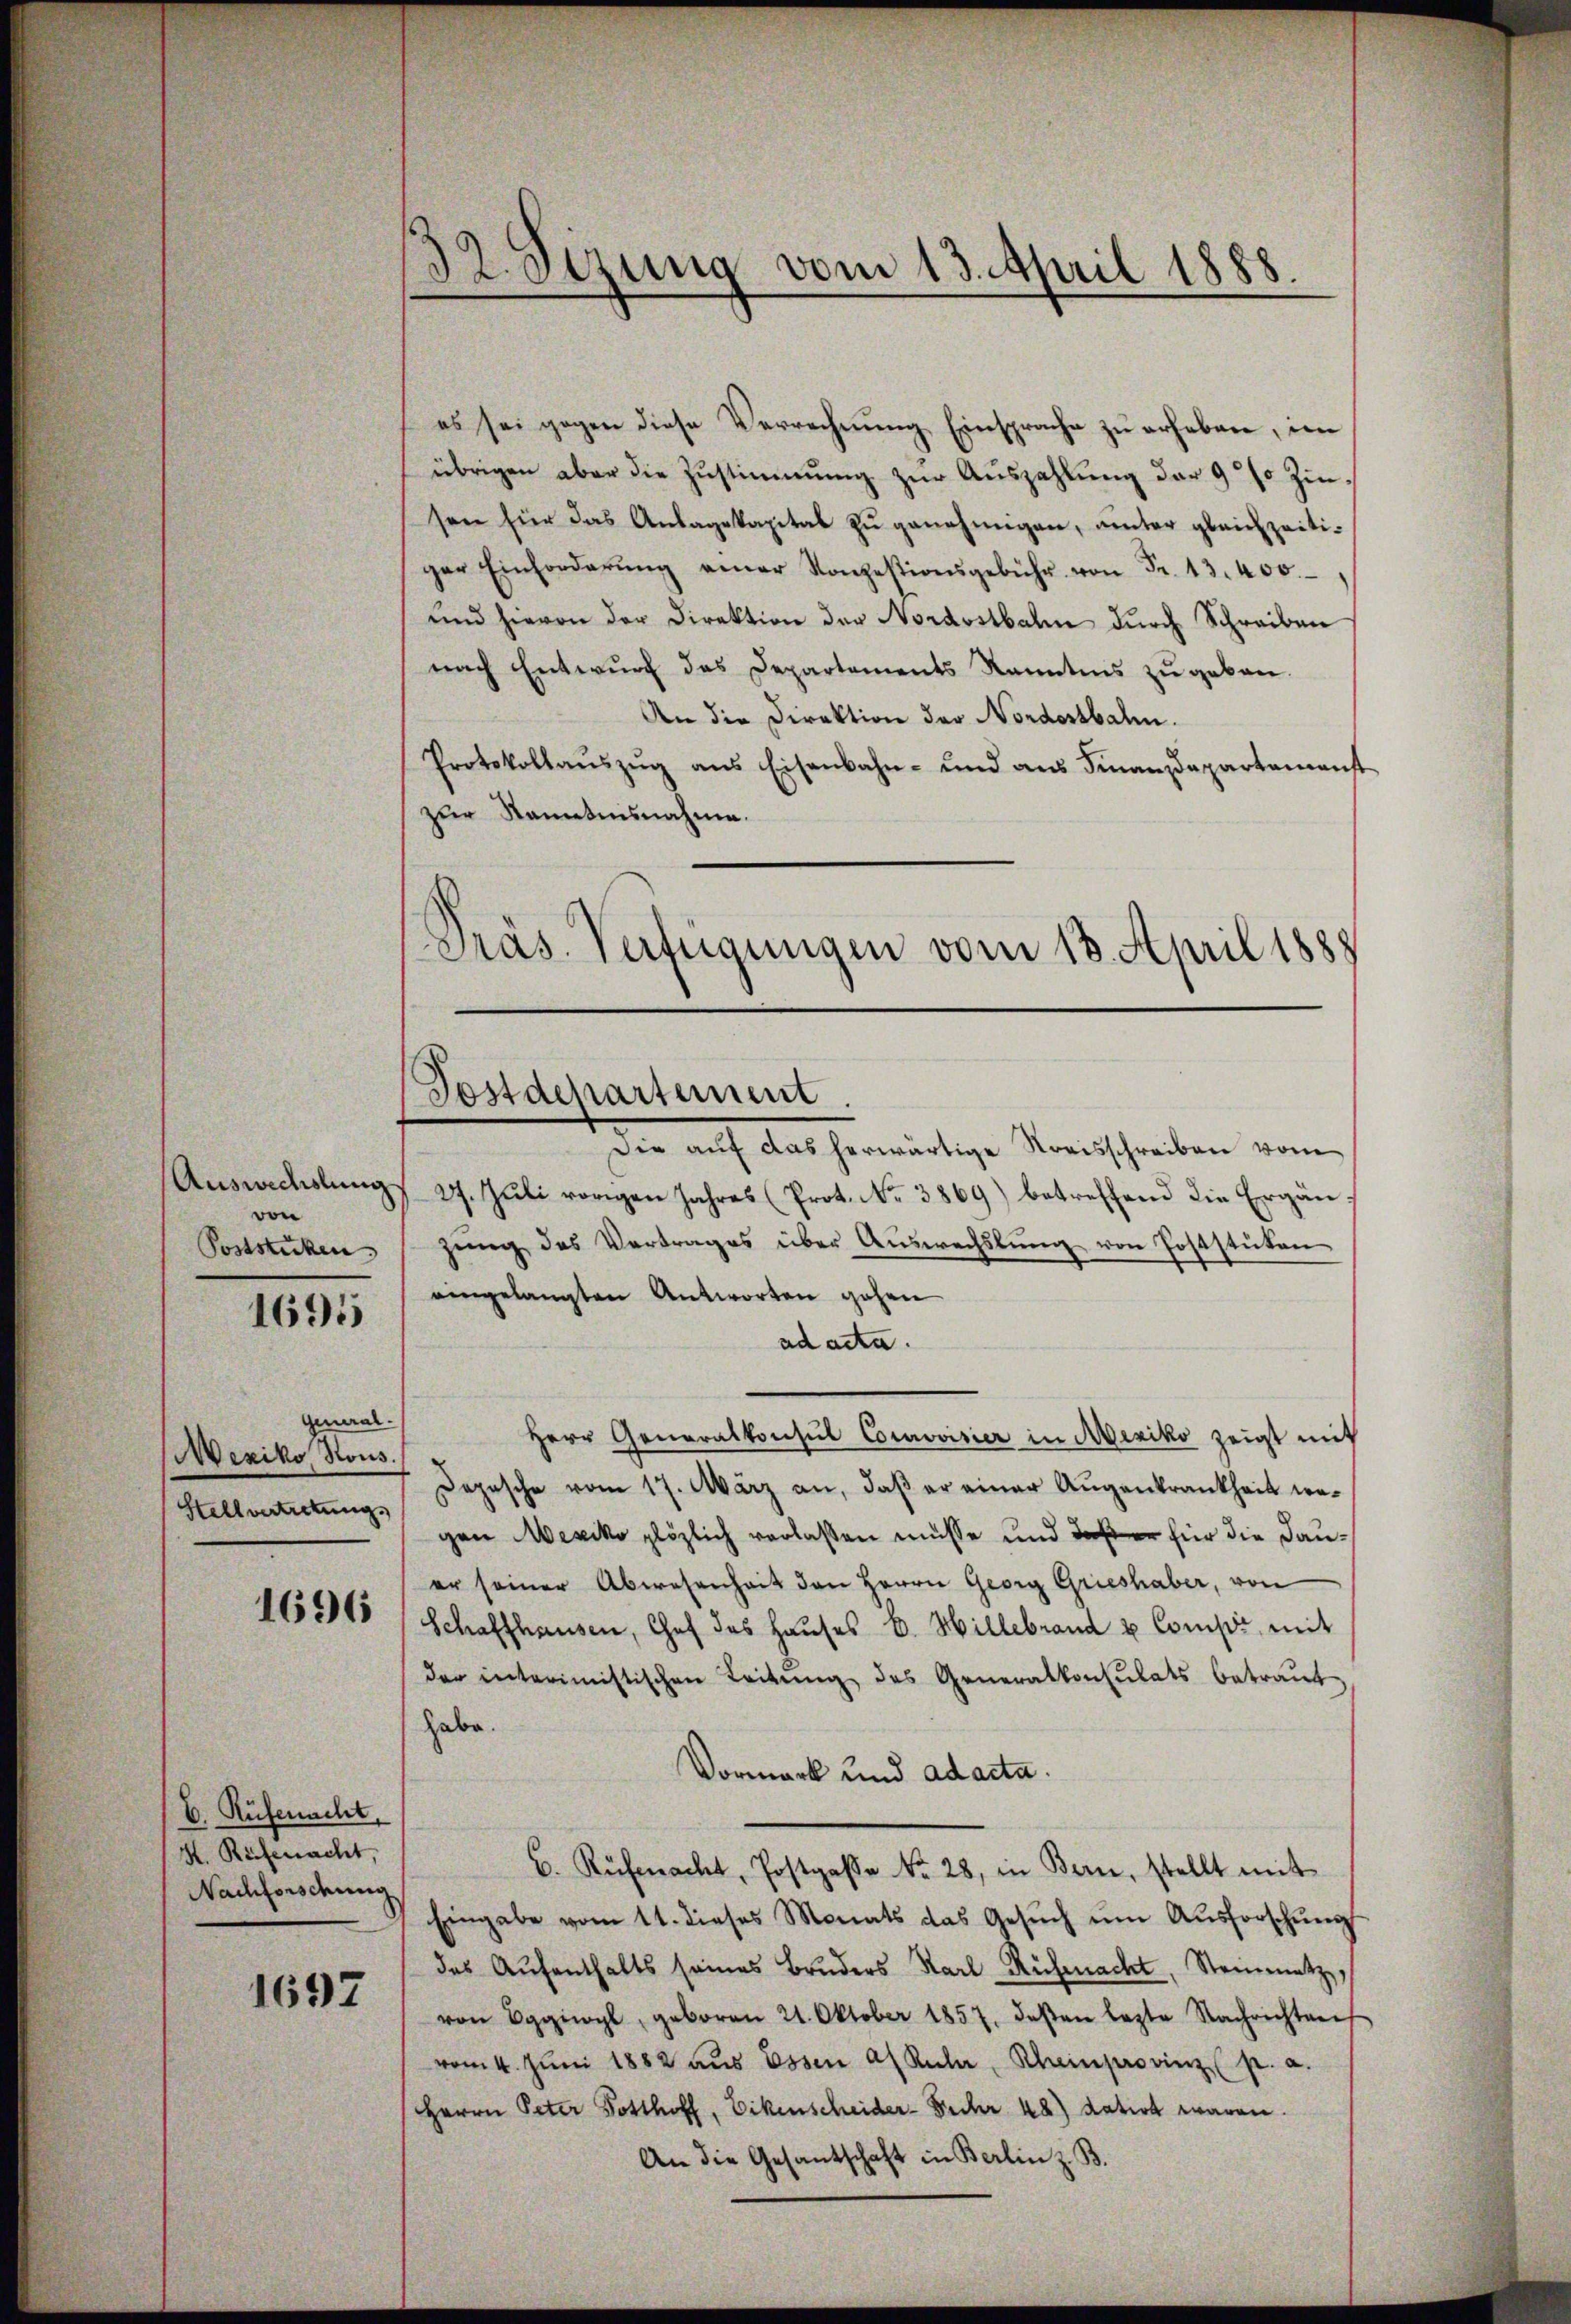
Auswechslung
von
Poststücken

1695

General-
Mexiko Rous.
Stellvertretung.

1696

C. Rüfenacht,
K. Rüfenacht,
Nachforschung

1692

32. Sezung vom 13. April 1888.

es sei gegen diese Verrechnung Einsprache zu erheben, im
übrigen aber die Zustimmung zur Auszahlung der 9 % Zinsen für das Anlagekapital zu genehmigen, unter gleichzeitiger Einforderŭng einer Konzestionsgebühr von Fr. 13. 400
und hievon der Direktion der Nordostbahn durch Schreiben
nach Entwŭrf das Departements Kanntnis zŭ geben.
An die Direktion der Nordostbahn.
Protokollaŭszŭg ans Eisenbahn- und ans Finanzdepartamenst
zur Kanntensnahme.
Der auf das herwärtige Vorschreiben vom
27. Juli vorigen Jahres (Prot. No. 3869) betreffend die Ergänzŭng des Vertrages über Aŭswechslung von Poststuten
eingelangten Antworten gehen
ad acta.
Herr Generalkonsul Courvoisier in Mexiko zeigt mit
Depesche vom 17. März an, daβ er einer Augenkrankheit wegen Mexiko plözlich verlaßen müsse und daß er für die Dauer seiner Abwesenheit den Herrn Georg Grieshaber, von
Schaffhausen, Chef des Haŭses C. Hillebrand u Compi, mit
der interimistischen Leitŭng des Generalkonsulats betraŭt
habe.
Vormark und ad acta.
B. Rüfmacht, Postgasse No. 28, in Bern, stellt mit
Eingabe vom 11. dieses Monats das Gesŭch ŭm Aŭsforschŭng
das Aufenthalts seines Bruders Karl Rüfenacht, Steinmetz,
von Eggiogl, geboren 21. Oktober 1857. deβen lezte Nachrichten
vom 4. Juni 1882 aus Essen af Ruhr, Rheinprovinz (p. a.
Herrn Peter Posthoff, Eckenscheider Fehr 48) dation waren.
An die Gesantschaft in Berlin z. B.

Postdepartement.

Präs. Verfügungen vom 18. April 1888